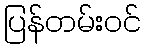
ပြန်တမ်းဝင်